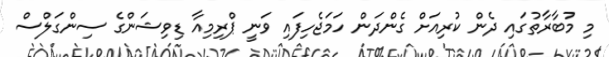
މި މުބާރާތުގައި ދެން ކުރިއަށް ގެންދަން ހަމަޖެހިފައި ވަނީ ޕްރިމިއާ ޑިވިޝަންގެ ސިންގަލްސް